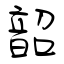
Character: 韶